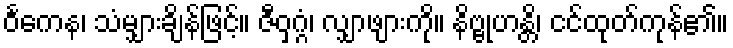
ဝင်္ကေန၊ သံမျှားချိန်ဖြင့်။ ဇီဝှဂ္ဂံ၊ လျှာဖျားကို။ နိဗ္ဗုဟန္တိ၊ ငင်ထုတ်ကုန်၏။